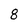
Character: 8